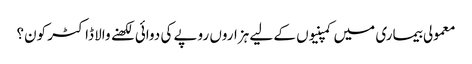
معمولی بیماری میں کمپنیوں کے لیے ہزاروں روپے کی دوائی لکھنے والا ڈاکٹر کون؟